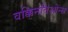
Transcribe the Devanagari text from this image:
वक्किनतिओन्स